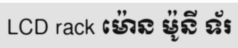
LCD rack ម៉ោន ម៉ូនី ទ័រ